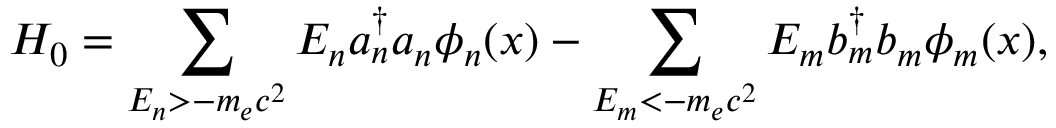
H _ { 0 } = \sum _ { E _ { n } > - m _ { e } c ^ { 2 } } E _ { n } a _ { n } ^ { \dagger } a _ { n } \phi _ { n } ( x ) - \sum _ { E _ { m } < - m _ { e } c ^ { 2 } } E _ { m } b _ { m } ^ { \dagger } b _ { m } \phi _ { m } ( x ) ,